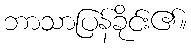
ဘာသာပြန်ခိုင်း၏။